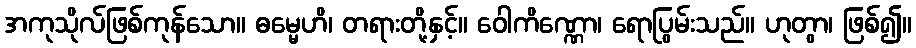
အကုသိုလ်ဖြစ်ကုန်သော။ ဓမ္မေဟိ၊ တရားတို့နှင့်။ ဝေါကိဏ္ဏော၊ ရောပြွမ်းသည်။ ဟုတွာ၊ ဖြစ်၍။